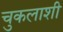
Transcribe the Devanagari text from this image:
चुकलाशी